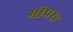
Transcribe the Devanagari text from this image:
भोपस